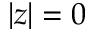
| z | = 0